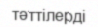
тәттілерді